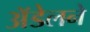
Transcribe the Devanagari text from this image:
अॅडेलने